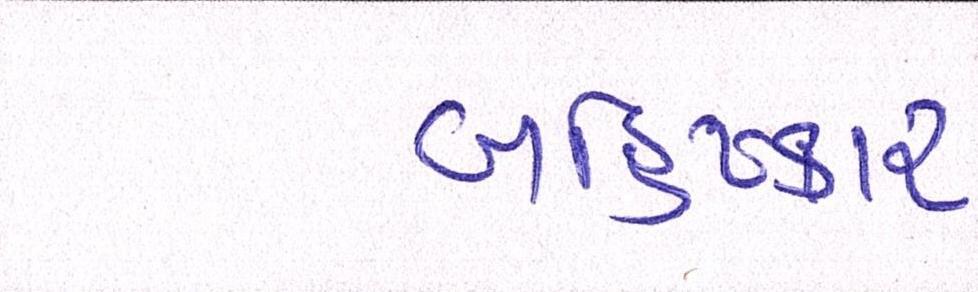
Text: બહિષ્કાર